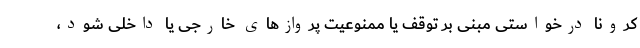
کرونا درخواستی مبنی بر توقف یا ممنوعیت پروازهای خارجی یا داخلی شود،